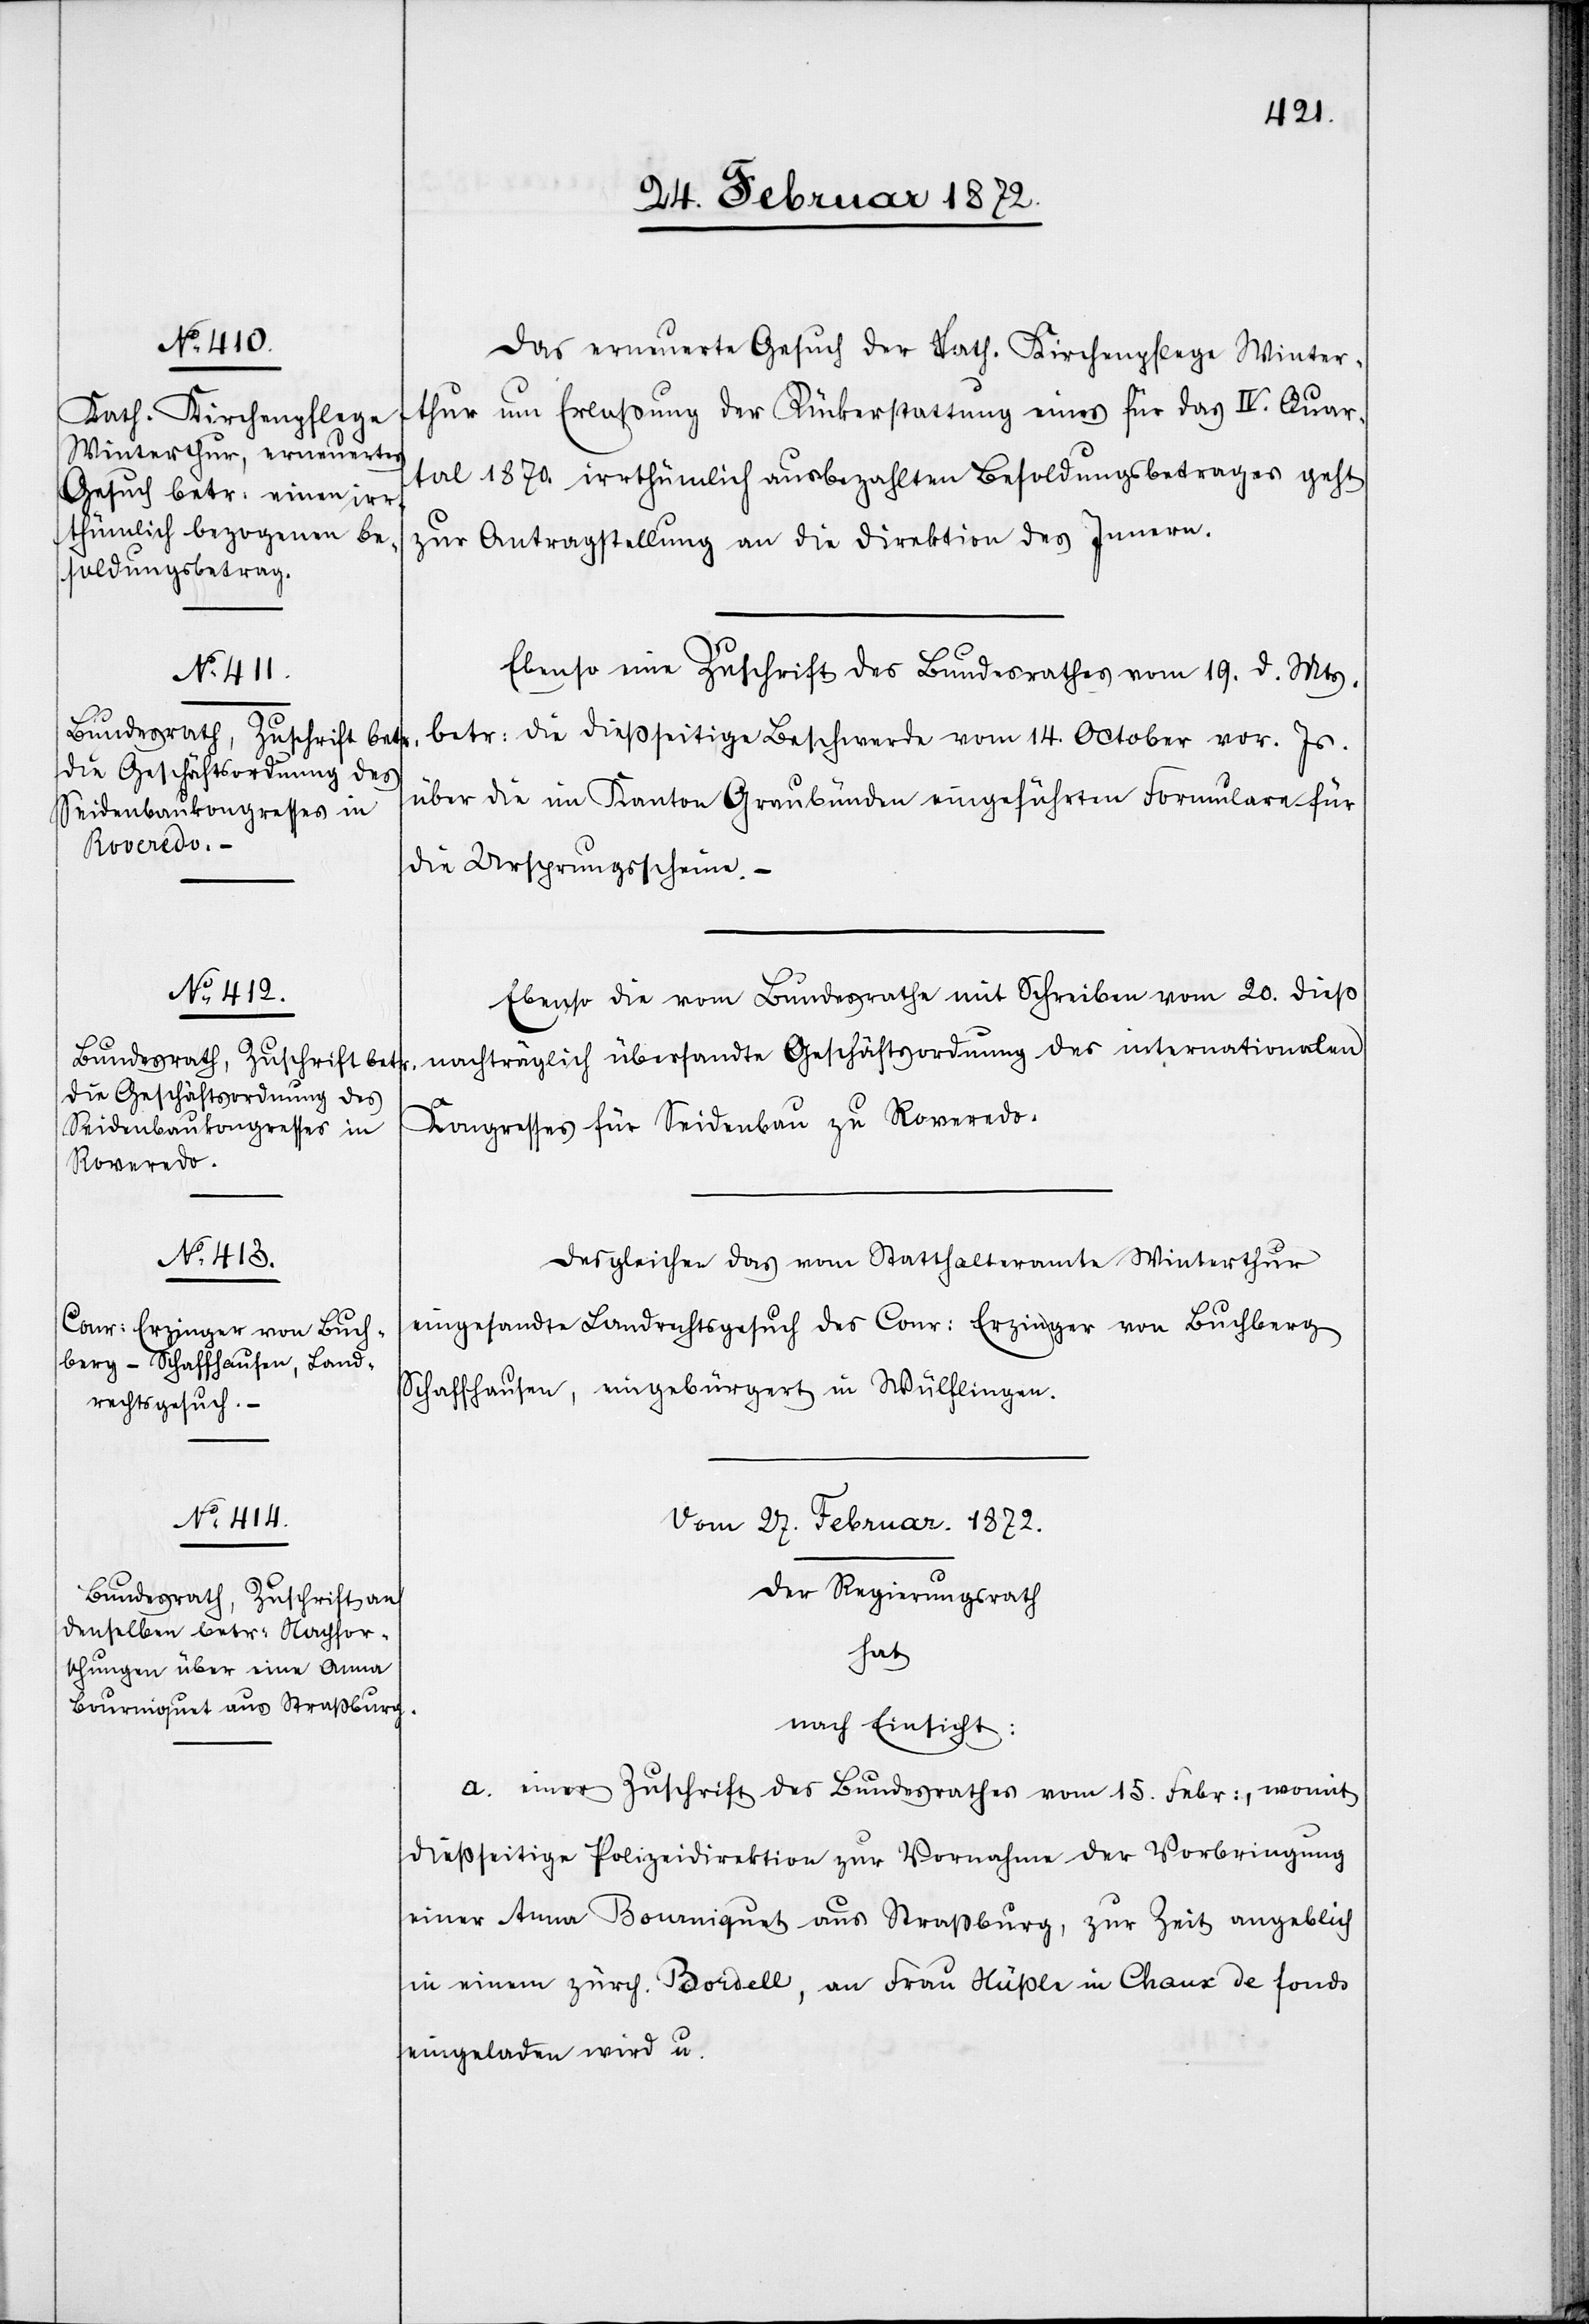
Das erneuerte Gesuch der kath. Kirchenpflege Winter¬
thur um Erlaßung der Rückerstattung eines für das IV. Quar¬
tal 1870. irrthümlich ausgebezahlten Besoldungsbetrages geht
zur Antragstellung an die Direktion des Innern.
Ebenso eine Zuschrift des Bundesrathes vom 19. d. Mts.
betr. die dießseitige Beschwerde vom 14. October vor. Js.
über die im Kanton Graubünden eingeführten Formulare für
die Ursprungsscheine. –
Ebenso die vom Bundesrathe mit Schreiben vom 20. dieß
nachträglich übersandte Geschäftsordnung des internationalen
Kongresses für Seidenbau zu Roveredo.
Desgleichen das vom Statthalteramte Winterthur
eingesandte Landrechtsgesuch des Conr. Erzinger von Buchberg
Schaffhausen, eingebürgert in Wülflingen.
Vom 27. Februar 1872.
Der Regierungsrath
hat
nach Einsicht:
a. einer Zuschrift des Bundesrathes vom 15. Febr., womit
dießseitige Polizeidirektion zur Vornahme der Vorbringung
einer Anna Bourniquet aus Straßburg, zur Zeit angeblich
in einem zürch. Bordell, an Frau Nüßle in Chaux de fonds
eingeladen wird u.